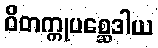
ဝိတက္ကုပစ္ဆေဒါယ